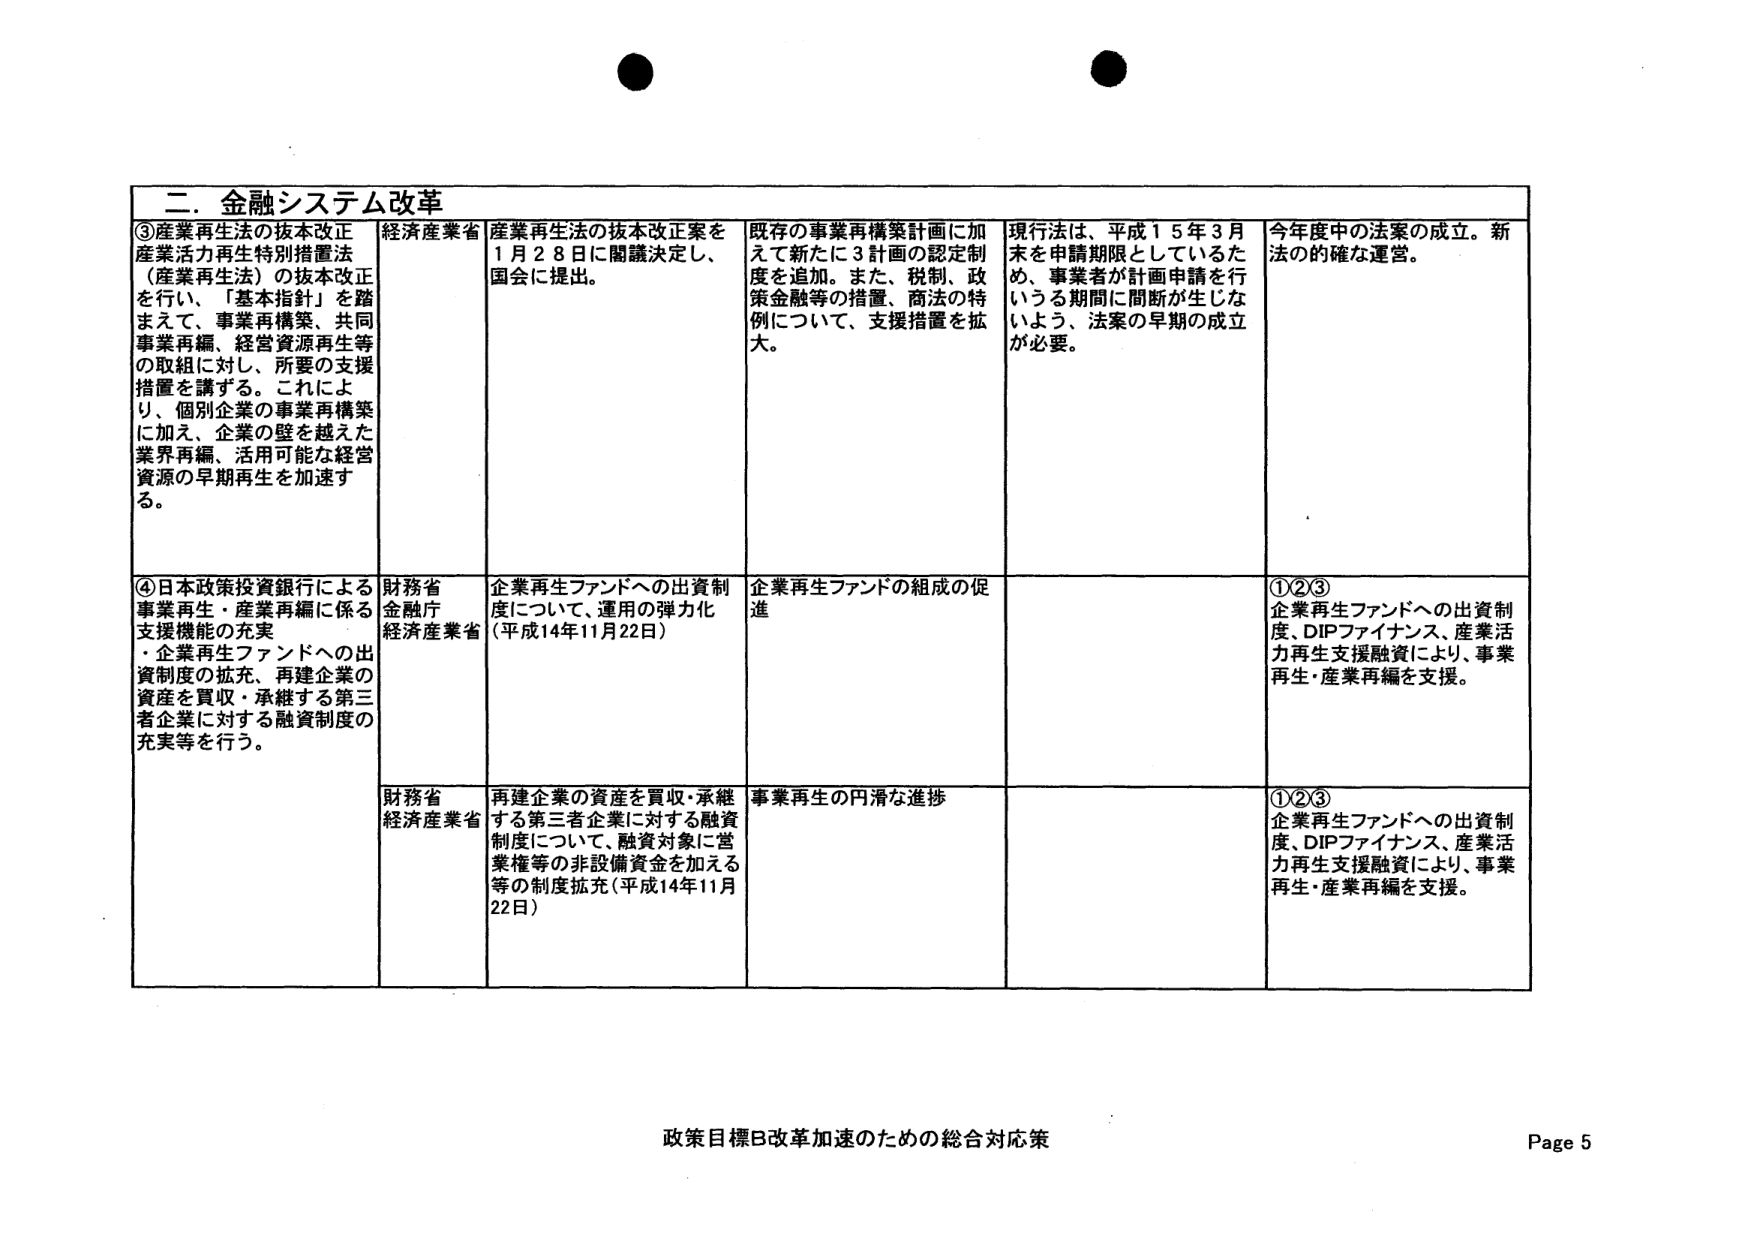
二．金融システム改革

③産業再生法の抜本改正
産業活力再生特別措置法
（産業再生法）の抜本改正
を行い、「基本指針」を踏
まえて、事業再構築、共同
事業再編、経営資源再生等
の取組に対し、所要の支援
措置を講ずる。これによ
り、個別企業の事業再構築
に加え、企業の壁を越えた
業界再編、活用可能な経営
資源の早期再生を加速す
る。

経済産業省
産業再生法の抜本改正案を
1月28日に閣議決定し、
国会に提出。

既存の事業再構築計画に加
えて新たに3計画の認定制
度を追加。また、税制、政
策金融等の措置、商法の特
例について、支援措置を拡
大。

現行法は、平成15年3月
末を申請期限としているた
め、事業者が計画申請を行
いうる期間に間断が生じな
いよう、法案の早期の成立
が必要。

今年度中の法案の成立。新
法の的確な運営。

④日本政策投資銀行による
事業再生・産業再編に係る
支援機能の充実
・企業再生ファンドへの出
資制度の拡充、再建企業の
資産を買収・承継する第三
者企業に対する融資制度の
充実等を行う。

財務省
金融庁
経済産業省
企業再生ファンドへの出資制
度について、運用の弾力化
（平成14年11月22日）

企業再生ファンドの組成の促
進

①②③
企業再生ファンドへの出資制
度、DIPファイナンス、産業活
力再生支援融資により、事業
再生・産業再編を支援。

財務省
経済産業省
再建企業の資産を買収・承継
する第三者企業に対する融資
制度について、融資対象に営
業権等の非設備資金を加える
等の制度拡充（平成14年11月
22日）

事業再生の円滑な進捗

①②③
企業再生ファンドへの出資制
度、DIPファイナンス、産業活
力再生支援融資により、事業
再生・産業再編を支援。

政策目標B改革加速のための総合対応策
Page 5